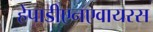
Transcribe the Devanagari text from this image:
हेपाडीएनएवायरस